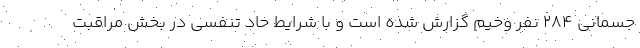
جسمانی ۲۸۴ نفر وخیم گزارش شده است و با شرایط حاد تنفسی در بخش مراقبت